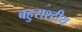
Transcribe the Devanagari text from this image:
बहुराश्टीय